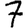
Digit: 7